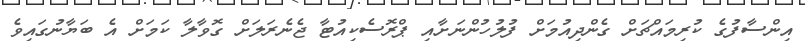
އިންސާފުގެ ކުރިމައްޗަށް ގެންދިއުމަށް ފުލުހުންނަށާއި ޕްރޮސެކިއުޓާ ޖެނެރަލަށް ގޮވާލާ ކަމަށް އެ ބަޔާނުގައިވެ